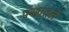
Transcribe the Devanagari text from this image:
पंखातले